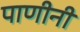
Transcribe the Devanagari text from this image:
पाणीनी